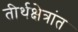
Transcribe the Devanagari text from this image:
तीर्थक्षेत्रांत